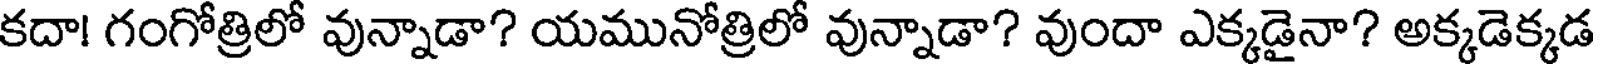
కదా! గంగోత్రిలో వున్నాడా? యమునోత్రిలో వున్నాడా? వుందా ఎక్కడైనా? అక్కడెక్కడ